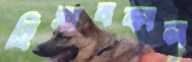
হিসাবকাল